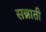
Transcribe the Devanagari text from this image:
सन्नाती